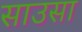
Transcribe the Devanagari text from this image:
साउसा